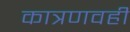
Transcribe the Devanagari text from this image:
कात्रणवही